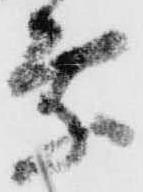
乗